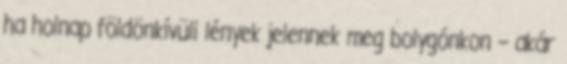
ha holnap földönkívüli lények jelennek meg bolygónkon – akár